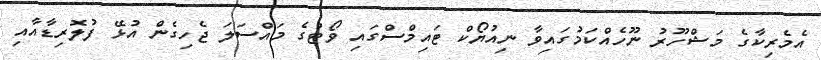
އެމެރިކާގެ މަޝްހޫރު ނޫހެއްކަމުގައިވާ ނިއުޔޯކް ޓައިމްސްގައި ވޯޓުގެ މައްސަލަ ޖެހިގެން އުޅޭ ފުލޮރިޑާއާއި